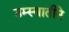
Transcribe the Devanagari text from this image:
उम्स्वातीने